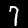
Digit: 7